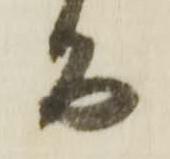
而